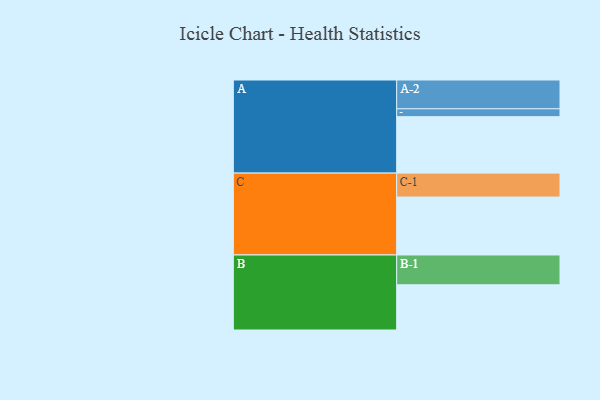
{"axis": {"x": "Segment", "y": "Value"}, "legend": ["", "A", "B", "C"], "data": [{"x": "A", "y": 443, "type": ""}, {"x": "B", "y": 355, "type": ""}, {"x": "C", "y": 455, "type": ""}, {"x": "A-1", "y": 62, "type": "A"}, {"x": "A-2", "y": 226, "type": "A"}, {"x": "B-1", "y": 234, "type": "B"}, {"x": "C-1", "y": 188, "type": "C"}]}